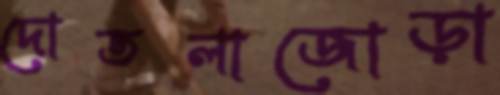
দোতলাজোড়া